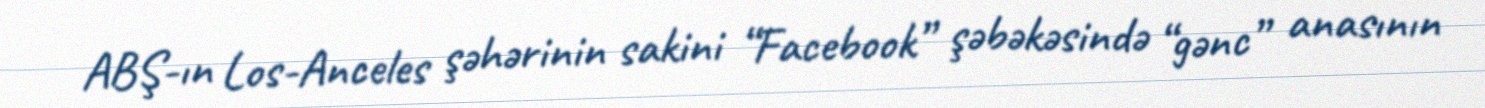
ABŞ-ın Los-Anceles şəhərinin sakini “Facebook” şəbəkəsində “gənc” anasının